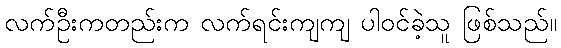
လက်ဦးကတည်းက လက်ရင်းကျကျ ပါဝင်ခဲ့သူ ဖြစ်သည်။